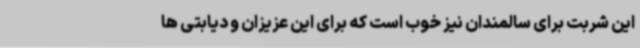
این شربت برای سالمندان نیز خوب است که برای این عزیزان و دیابتی ها